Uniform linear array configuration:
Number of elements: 64
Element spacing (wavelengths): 0.25
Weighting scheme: uniform
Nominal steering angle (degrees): -15
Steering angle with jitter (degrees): -14.525
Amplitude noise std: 0.05
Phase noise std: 0.05

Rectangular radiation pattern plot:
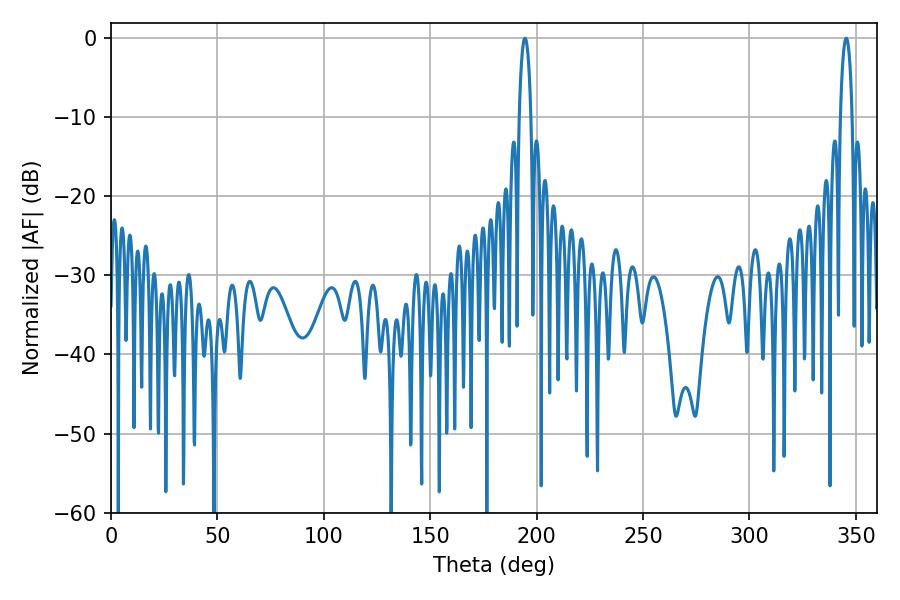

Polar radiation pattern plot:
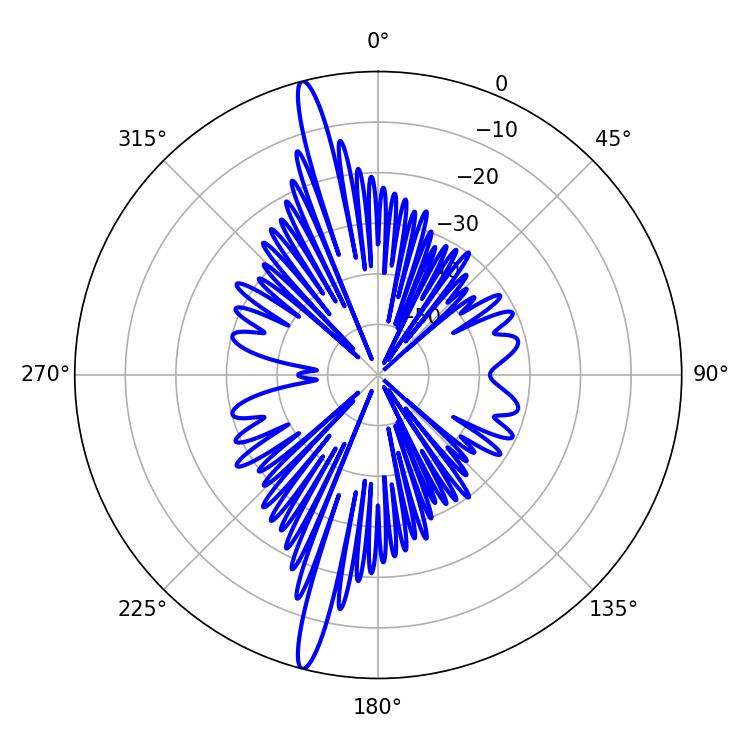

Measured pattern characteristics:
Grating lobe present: FALSE
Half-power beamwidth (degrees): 3.06
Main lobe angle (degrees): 345.42